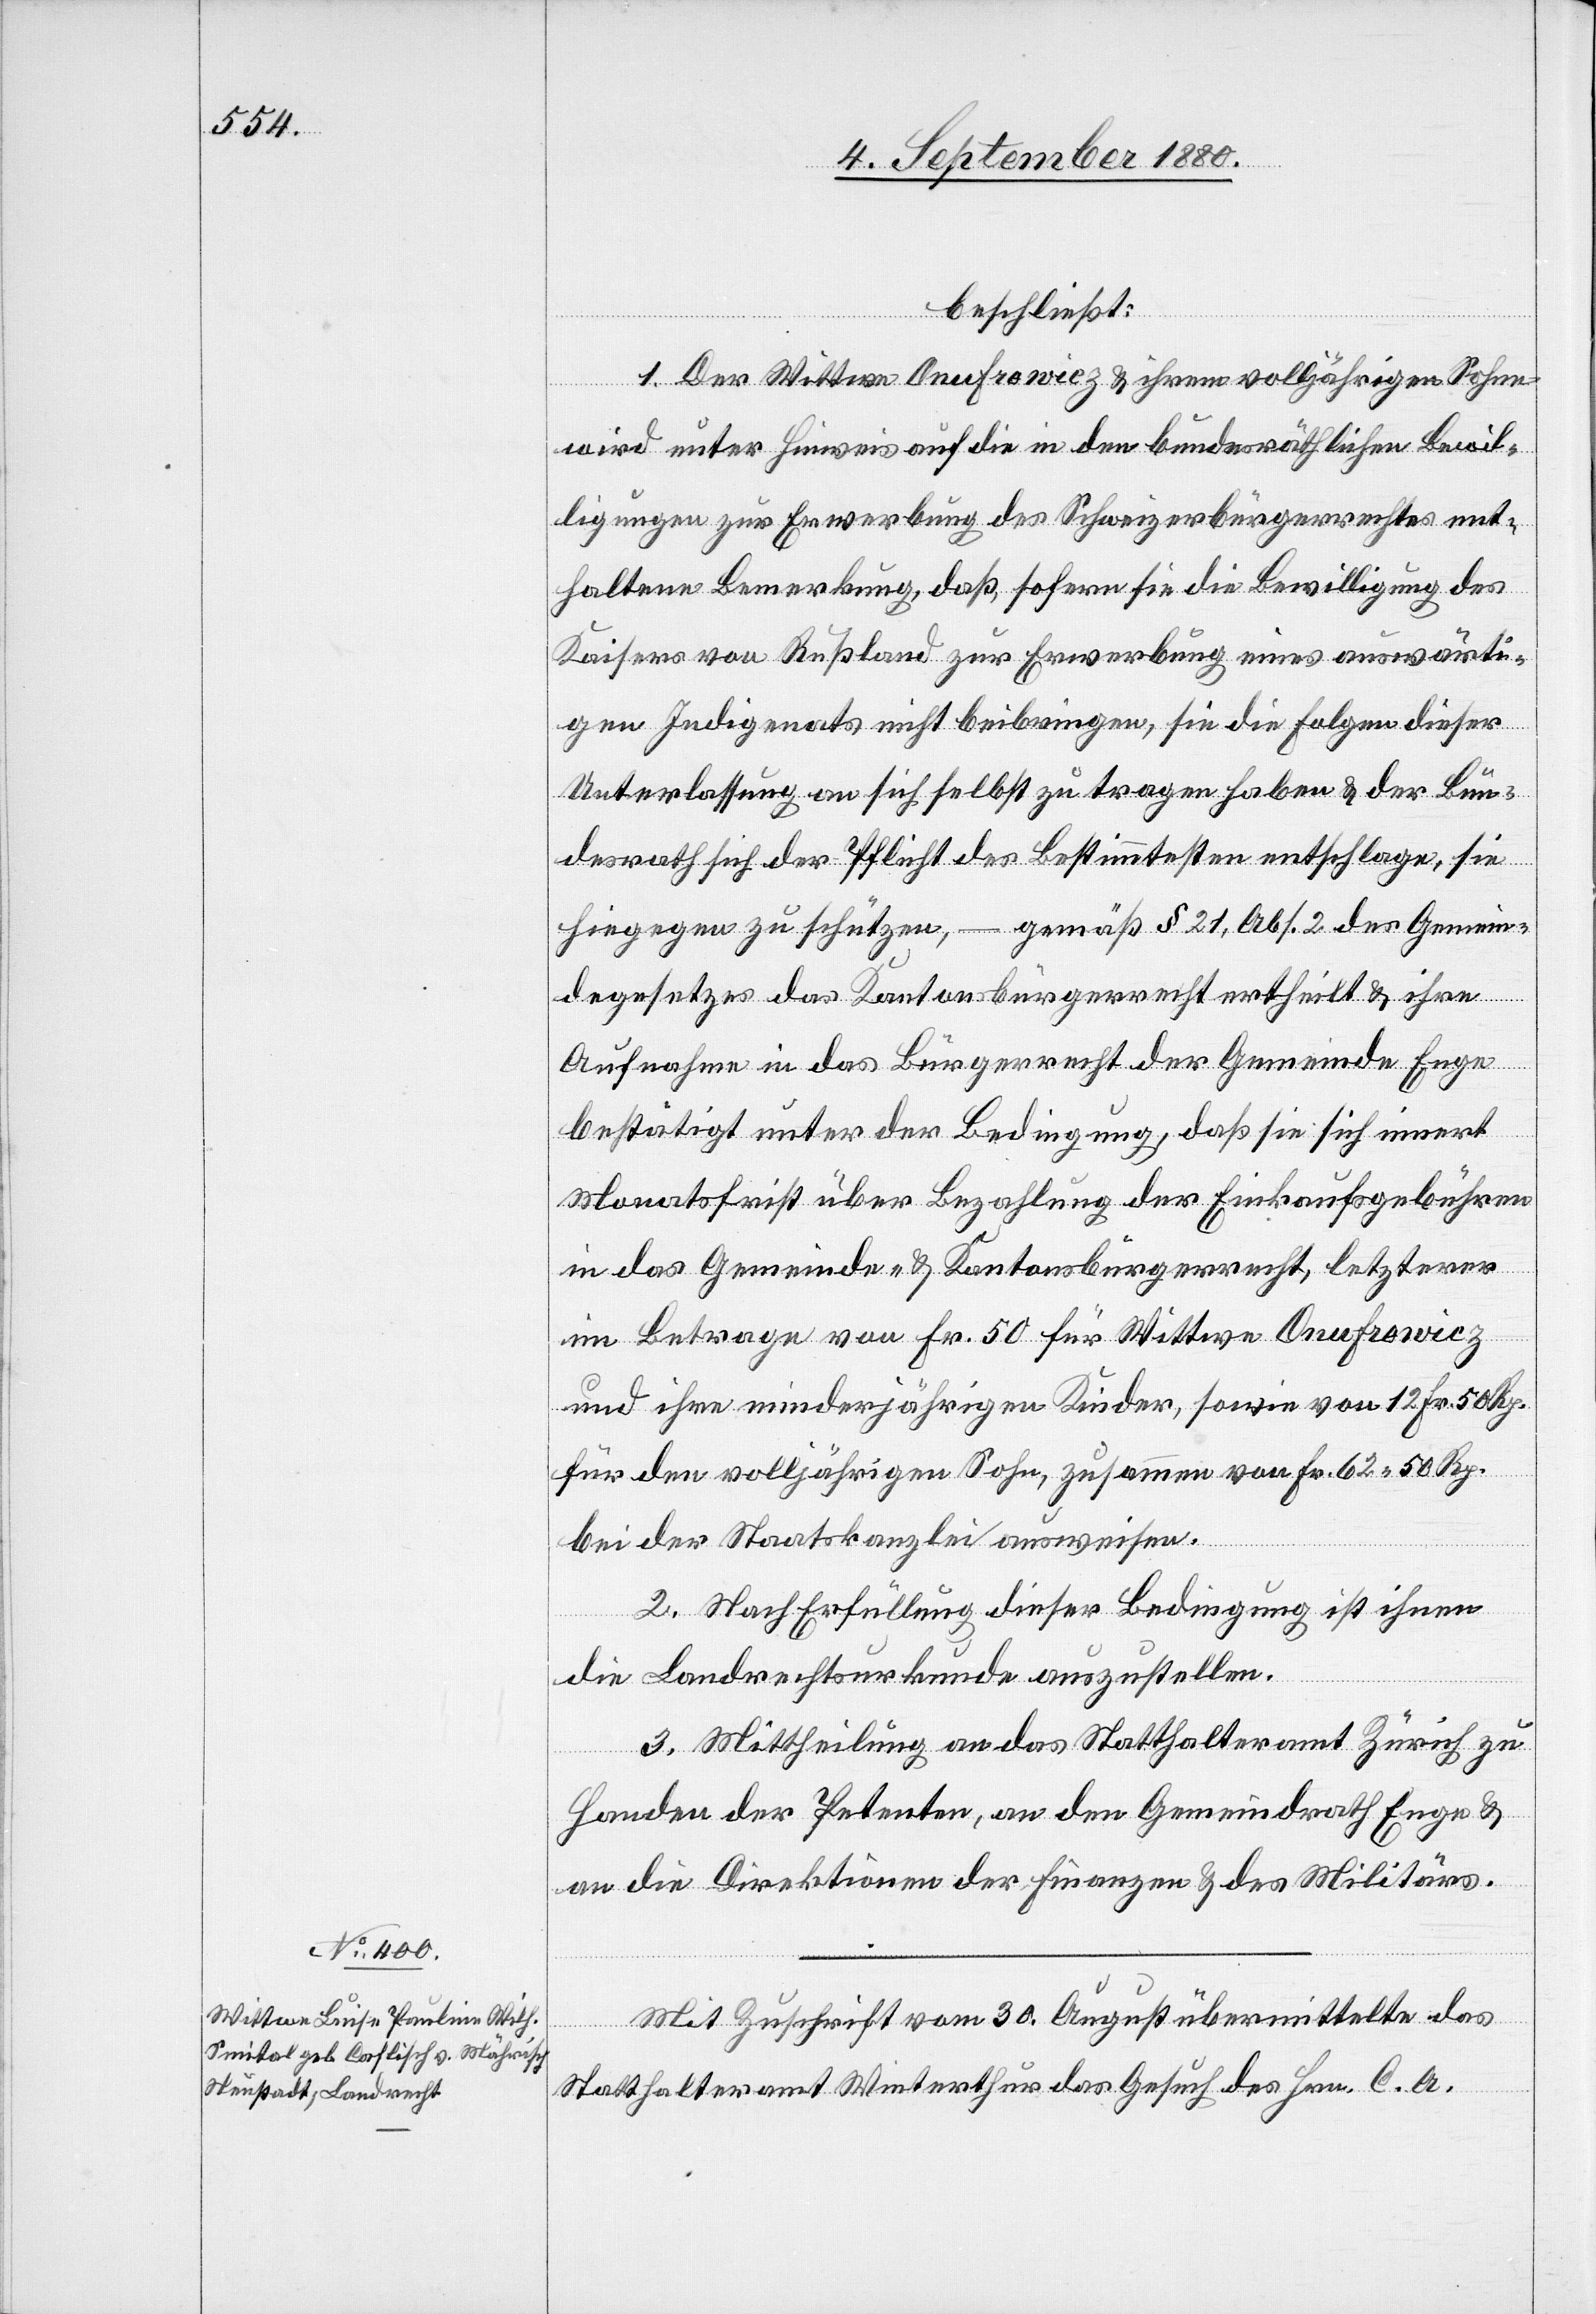
beschließt:
1. Der Wittwe Onufrowicz & ihrem volljährigen Sohn
wird unter Hinweis auf die in dem bundesräthlichen Bewil¬
ligung zur Erwerbung des Schweizerbürgerrechtes ent¬
haltenen Bemerkung, daß, sofern die Bewilligung des
Kaisers von Rußland zur Erwerbung eines auswärti¬
gen Indigenats nicht beibringen, sie die Folgen dieser
Unterlassung an sich selbst zu tragen haben & der Bun¬
desrath sich der Pflicht des Bestimmtesten entschlage, sie
hingegen zu schützen, – gemäß § 21, Abs. 2 des Gemein¬
degesetzes das Kantonsbürgerrecht ertheilt & ihre
Aufnahme in das Bürgerrecht der Gemeinde Enge
bestätigt unter der Bedingung, daß sie sich innert
Monatsfrist über Bezahlung der Einkaufsgebühren
in das Gemeinde- & Kantonsbürgerrecht, letzterer
im Betrage von Fr. 50 für Wittwe Onufrovicz
und ihre minderjährigen Kinder, sowie von 12 Fr. 50 Rp.
für den volljährigen Sohn, zusammen von Fr. 62 50 Rp.
bei der Staatskanzlei ausweisen.
2. Nach Erfüllung dieser Bedingung ist ihnen
die Landrechtsurkunde auszustellen.
3. Mittheilung an das Statthalteramt Zürich zu
Handen der Petenten, an den Gemeindrath Enge &
an die Direktion der Finanzen & des Militärs.
Mit Zuschrift vom 30. August übermittelte das
Statthalteramt Winterthur das Gesuch des Hrn. C. A.